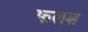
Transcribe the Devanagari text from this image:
फलश